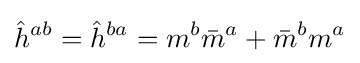
{\hat {h}}^{ab}={\hat {h}}^{ba}=m^{b}{\bar {m}}^{a}+{\bar {m}}^{b}m^{a}